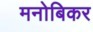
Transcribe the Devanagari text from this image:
मनोबिकर